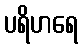
ပရိဟရေ